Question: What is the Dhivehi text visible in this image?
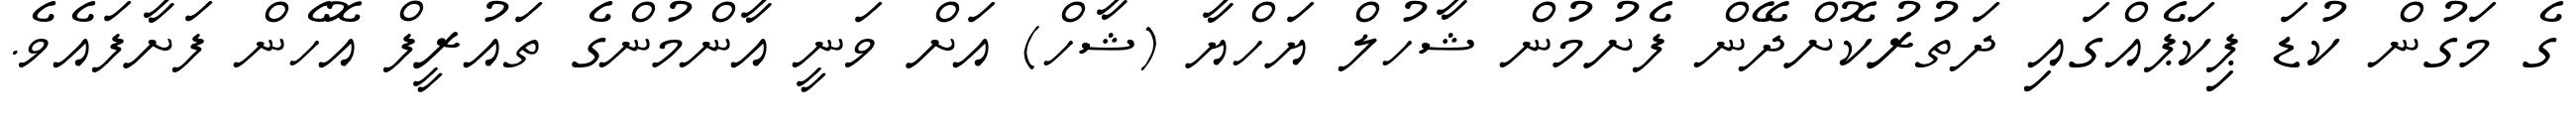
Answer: ގެ މަގުން ކުޑަ ޕިކަޕެއްގައި ދަތުރުކޮށްދޭން ފެށުމުން ޝާހުލް ޔަހްޔާ (ޝާހް) އަށް ވަނީ އާންމުންގެ ތައުރީފް އޮހެން ފަށާފައެވެ.